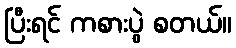
ပြီးရင် ကစားပွဲ စတယ်။